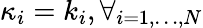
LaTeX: \kappa_{i}=k_{i},\forall_{i=1,\dots,N}